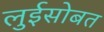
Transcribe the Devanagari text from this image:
लुईसोबत